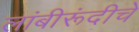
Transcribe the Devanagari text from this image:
लांबीरूंदीचे